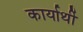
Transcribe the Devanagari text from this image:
कार्यार्थी